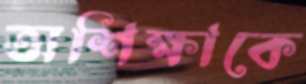
অশিক্ষাকে